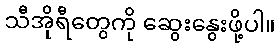
သီအိုရီတွေကို ဆွေးနွေးဖို့ပါ။